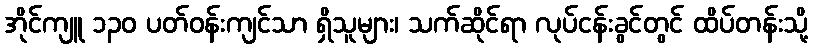
အိုင်ကျူ ၁၃၀ ပတ်ဝန်းကျင်သာ ရှိသူများ၊ သက်ဆိုင်ရာ လုပ်ငန်းခွင်တွင် ထိပ်တန်းသို့